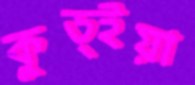
কুড্ইয়া